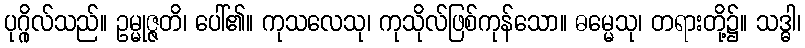
ပုဂ္ဂိုလ်သည်။ ဥမ္မုဇ္ဇတိ၊ ပေါ်၏။ ကုသလေသု၊ ကုသိုလ်ဖြစ်ကုန်သော။ ဓမ္မေသု၊ တရားတို့၌။ သဒ္ဓါ၊